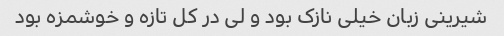
شیرینی زبان خیلی نازک بود و لی در کل تازه و خوشمزه بود